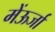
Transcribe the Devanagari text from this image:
मेंऊर्जा